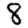
Digit: 8